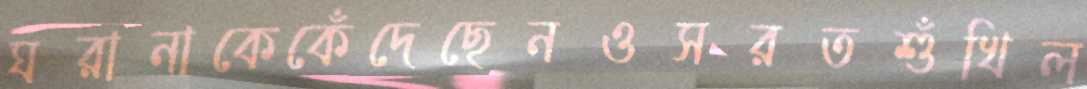
ঘরানাকেকেঁদেছেনওসরতশুঁখিল